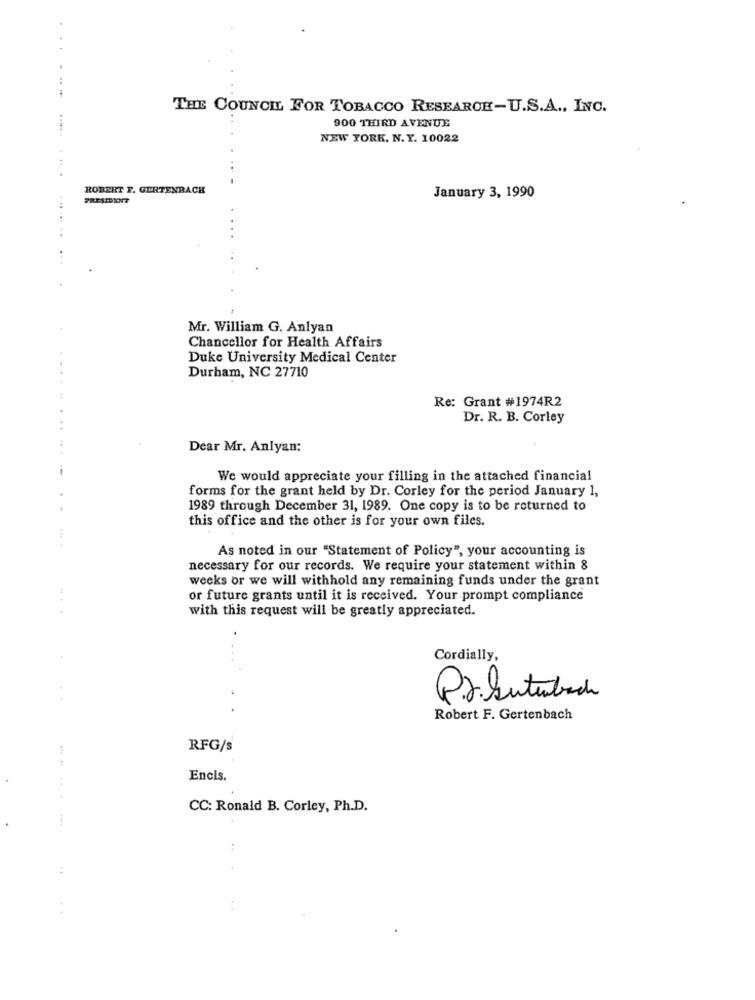
THE COUNCIL FOR TOBACCO RESEAROE-U.S.A ., INC.
900 THIRD AVENUE
NEW YORK, N.Y. 10022
ROBERT F. GERTENBACH
PRESIDENT
January 3, 1990
Mr. William G. Anlyan
Chancellor for Health Affairs
Duke University Medical Center
Durham, NC 27710
Re: Grant #1974R2
Dr. R. B. Corley
Dear Mr. Anlyan:
We would appreciate your filling in the attached financial
forms for the grant held by Dr. Corley for the period January 1,
1989 through December 31, 1989. One copy is to be returned to
this office and the other is for your own files.
As noted in our "Statement of Policy", your accounting is
necessary for our records. We require your statement within 8
weeks or we will withhold any remaining funds under the grant
or future grants until it is received. Your prompt compliance
with this request will be greatly appreciated.
Cordially,
Pr.kutuback
Robert F. Gertenbach
RFG/s
Encis.
....
CC: Ronald B. Corley, Ph.D.
.-